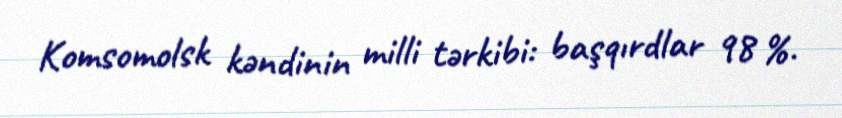
Komsomolsk kəndinin milli tərkibi: başqırdlar 98 %.